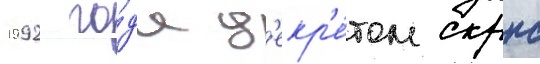
1992 го́да д'екр'е́том скрнс